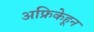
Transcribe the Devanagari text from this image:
अफ्रिकेहून